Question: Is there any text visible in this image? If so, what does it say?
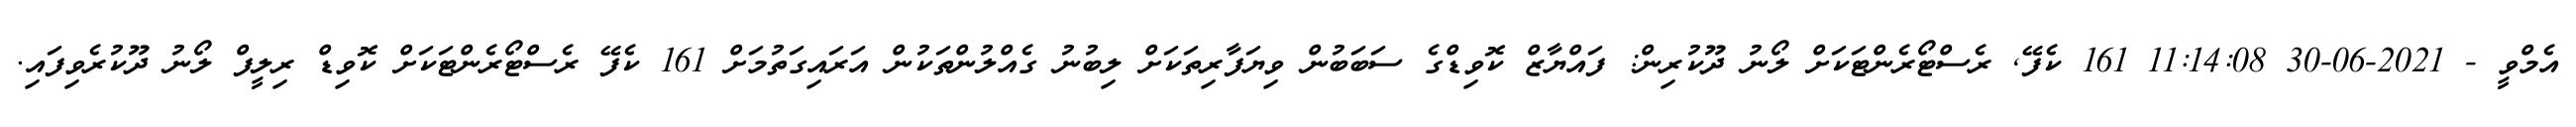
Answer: އެމްވީ - 2021-06-30 11:14:08 161 ކެފޭ, ރެސްޓޯރެންޓަކަށް ލޯނު ދޫކުރިން: ފައްޔާޒް ކޮވިޑްގެ ސަބަބުން ވިޔަފާރިތަކަށް ލިބުނު ގެއްލުންތަކުން އަރައިގަތުމަށް 161 ކެފޭ ރެސްޓޯރެންޓަކަށް ކޮވިޑް ރިލީފް ލޯނު ދޫކުރެވިފައި.